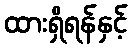
ထားရှိရန်နှင့်